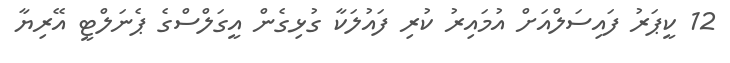
12 ކީޕަރު ފައިސަލްއަށް އުމައިރު ކުރި ފައުލަކާ ގުޅިގެން އީގަލްސްގެ ޕެނަލްޓީ އޭރިޔާ